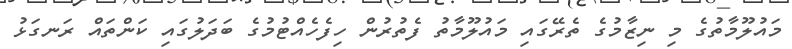
މައުލޫމާތުގެ މި ނިޒާމުގެ ތެރޭގައި މައުލޫމާތު ފެތުރުން ހިފެހެއްޓުމުގެ ބަދަލުގައި ކަންތައް ރަނގަޅު